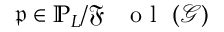
\mathfrak { p } \in \mathbb { P } _ { L } / { \mathfrak { F } \mathrm { ~ \textbf ~ { ~ o ~ l ~ } ~ } } ( \mathcal { G } )